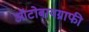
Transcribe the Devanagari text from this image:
ऑटोबायग्राफी